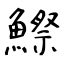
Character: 鰶